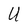
Character: U